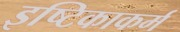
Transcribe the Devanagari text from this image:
इष्टिकाकर्म